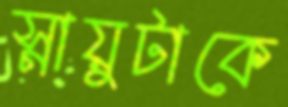
স্নায়ুটাকে